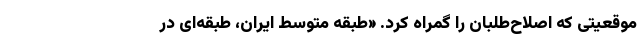
موقعیتی که اصلاح‌طلبان را گمراه کرد. «طبقه متوسط ایران، طبقه‌ای در